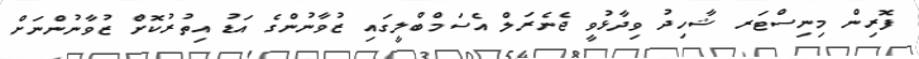
ފޮރިން މިނިސްޓަރ ޝާހިދު ވިދާޅުވީ ޖެނެރަލް އެސަމްބްލީގައި ޒުވާނުންގެ އަޑު އިތުރުކޮށް ޒުވާނުންނަށް